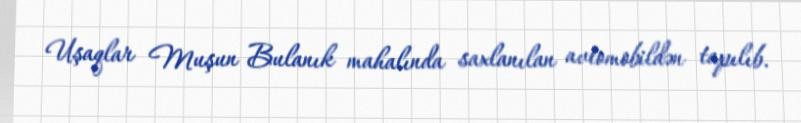
Uşaqlar Muşun Bulanık mahalında saxlanılan avtomobildən tapılıb.